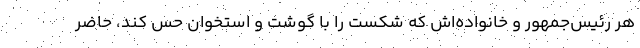
هر رئیس‌جمهور و خانواده‌اش که شکست را با گوشت و استخوان حس کند، حاضر